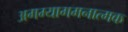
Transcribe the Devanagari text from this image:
अगम्यागमनात्मक